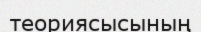
теориясысының